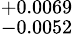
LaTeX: ^{+0.0069}_{-0.0052}